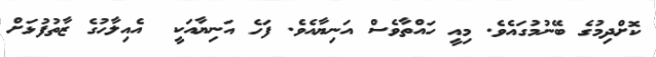
ކޮށްދިމުގެ ބޭނުމުގައެވެ. މިއީ ހައްތާވެސް އަނިޔާއެވެ. ފަހެ އަނިޔާއަކީ  އެއިލާހުގެ ޒާތުފުޅަށް